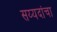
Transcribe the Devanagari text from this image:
सय्यदांचा